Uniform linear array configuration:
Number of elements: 32
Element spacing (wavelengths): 1
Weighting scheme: hamming
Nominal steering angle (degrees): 30
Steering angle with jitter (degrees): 30.764
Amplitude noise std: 0.05
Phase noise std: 0.05

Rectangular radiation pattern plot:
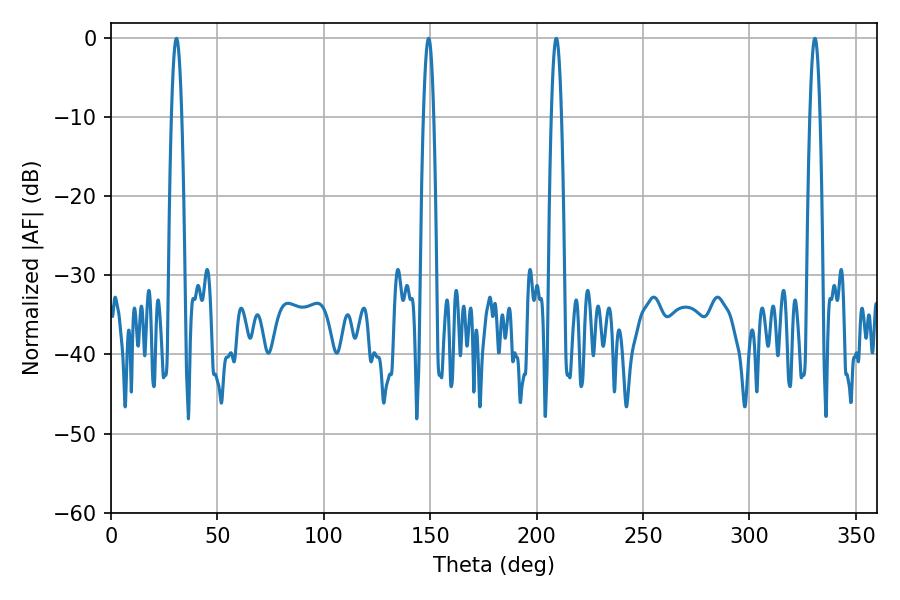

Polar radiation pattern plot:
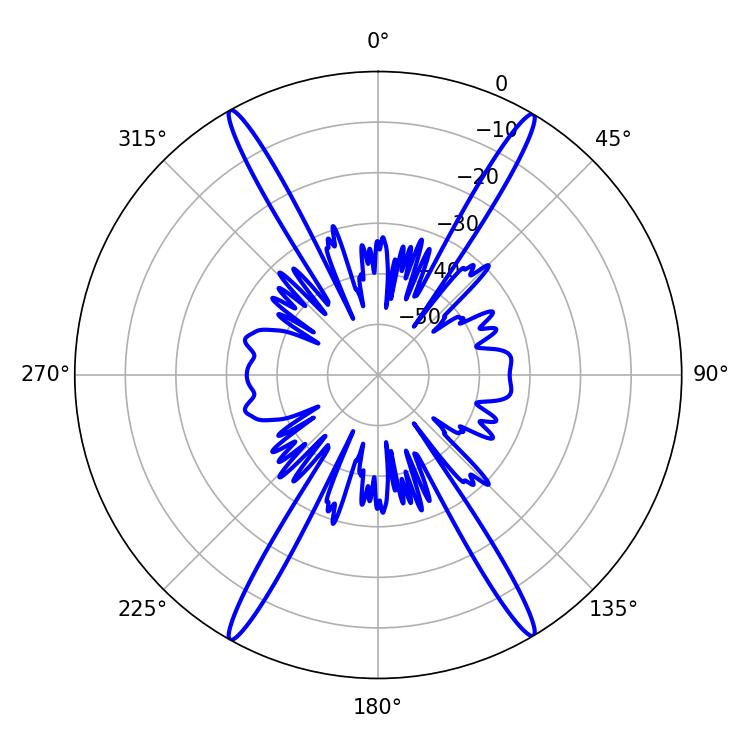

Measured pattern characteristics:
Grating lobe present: TRUE
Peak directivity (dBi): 28.075
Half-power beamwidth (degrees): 2.52
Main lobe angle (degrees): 30.78